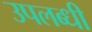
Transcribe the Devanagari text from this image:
उपलब्‍धी